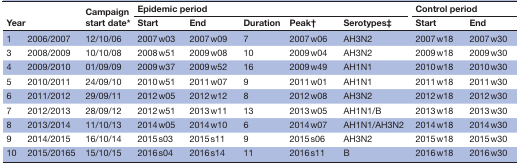
<table><thead><tr><td rowspan="2" colspan="2"><b>Year</b></td><td rowspan="2"><b>Campaign start date*</b></td><td colspan="5"><b>Epidemic period</b></td><td colspan="2"><b>Control period</b></td></tr><tr><td><b>Start</b></td><td><b>End</b></td><td><b>Duration</b></td><td><b>Peak†</b></td><td><b>Serotypes‡</b></td><td><b>Start</b></td><td><b>End</b></td></tr></thead><tbody><tr><td>1</td><td>2006/2007</td><td>12/10/06</td><td>2007 w03</td><td>2007 w09</td><td>7</td><td>2007 w06</td><td>AH3N2</td><td>2007 w18</td><td>2007 w30</td></tr><tr><td>3</td><td>2008/2009</td><td>10/10/08</td><td>2008 w51</td><td>2009 w08</td><td>10</td><td>2009 w04</td><td>AH3N2</td><td>2009 w18</td><td>2009 w30</td></tr><tr><td>4</td><td>2009/2010</td><td>01/09/09</td><td>2009 w37</td><td>2009 w52</td><td>16</td><td>2009 w49</td><td>AH1N1</td><td>2010 w18</td><td>2010 w30</td></tr><tr><td>5</td><td>2010/2011</td><td>24/09/10</td><td>2010 w51</td><td>2011 w07</td><td>9</td><td>2011 w01</td><td>AH1N1</td><td>2011 w18</td><td>2011 w30</td></tr><tr><td>6</td><td>2011/2012</td><td>29/09/11</td><td>2012 w05</td><td>2012 w12</td><td>8</td><td>2012 w08</td><td>AH3N2</td><td>2012 w18</td><td>2012 w30</td></tr><tr><td>7</td><td>2012/2013</td><td>28/09/12</td><td>2012 w51</td><td>2013 w11</td><td>13</td><td>2013 w05</td><td>AH1N1/B</td><td>2013 w18</td><td>2013 w30</td></tr><tr><td>8</td><td>2013/2014</td><td>11/10/13</td><td>2014 w05</td><td>2014 w10</td><td>6</td><td>2014 w07</td><td>AH1N1/AH3N2</td><td>2014 w18</td><td>2014 w30</td></tr><tr><td>9</td><td>2014/2015</td><td>16/10/14</td><td>2015 s03</td><td>2015 s11</td><td>9</td><td>2015 s06</td><td>AH3N2</td><td>2015 w18</td><td>2015 w30</td></tr><tr><td>10</td><td>2015/20165</td><td>15/10/15</td><td>2016 s04</td><td>2016 s14</td><td>11</td><td>2016 s11</td><td>B</td><td>2016 w18</td><td>2016 w30</td></tr></tbody></table>